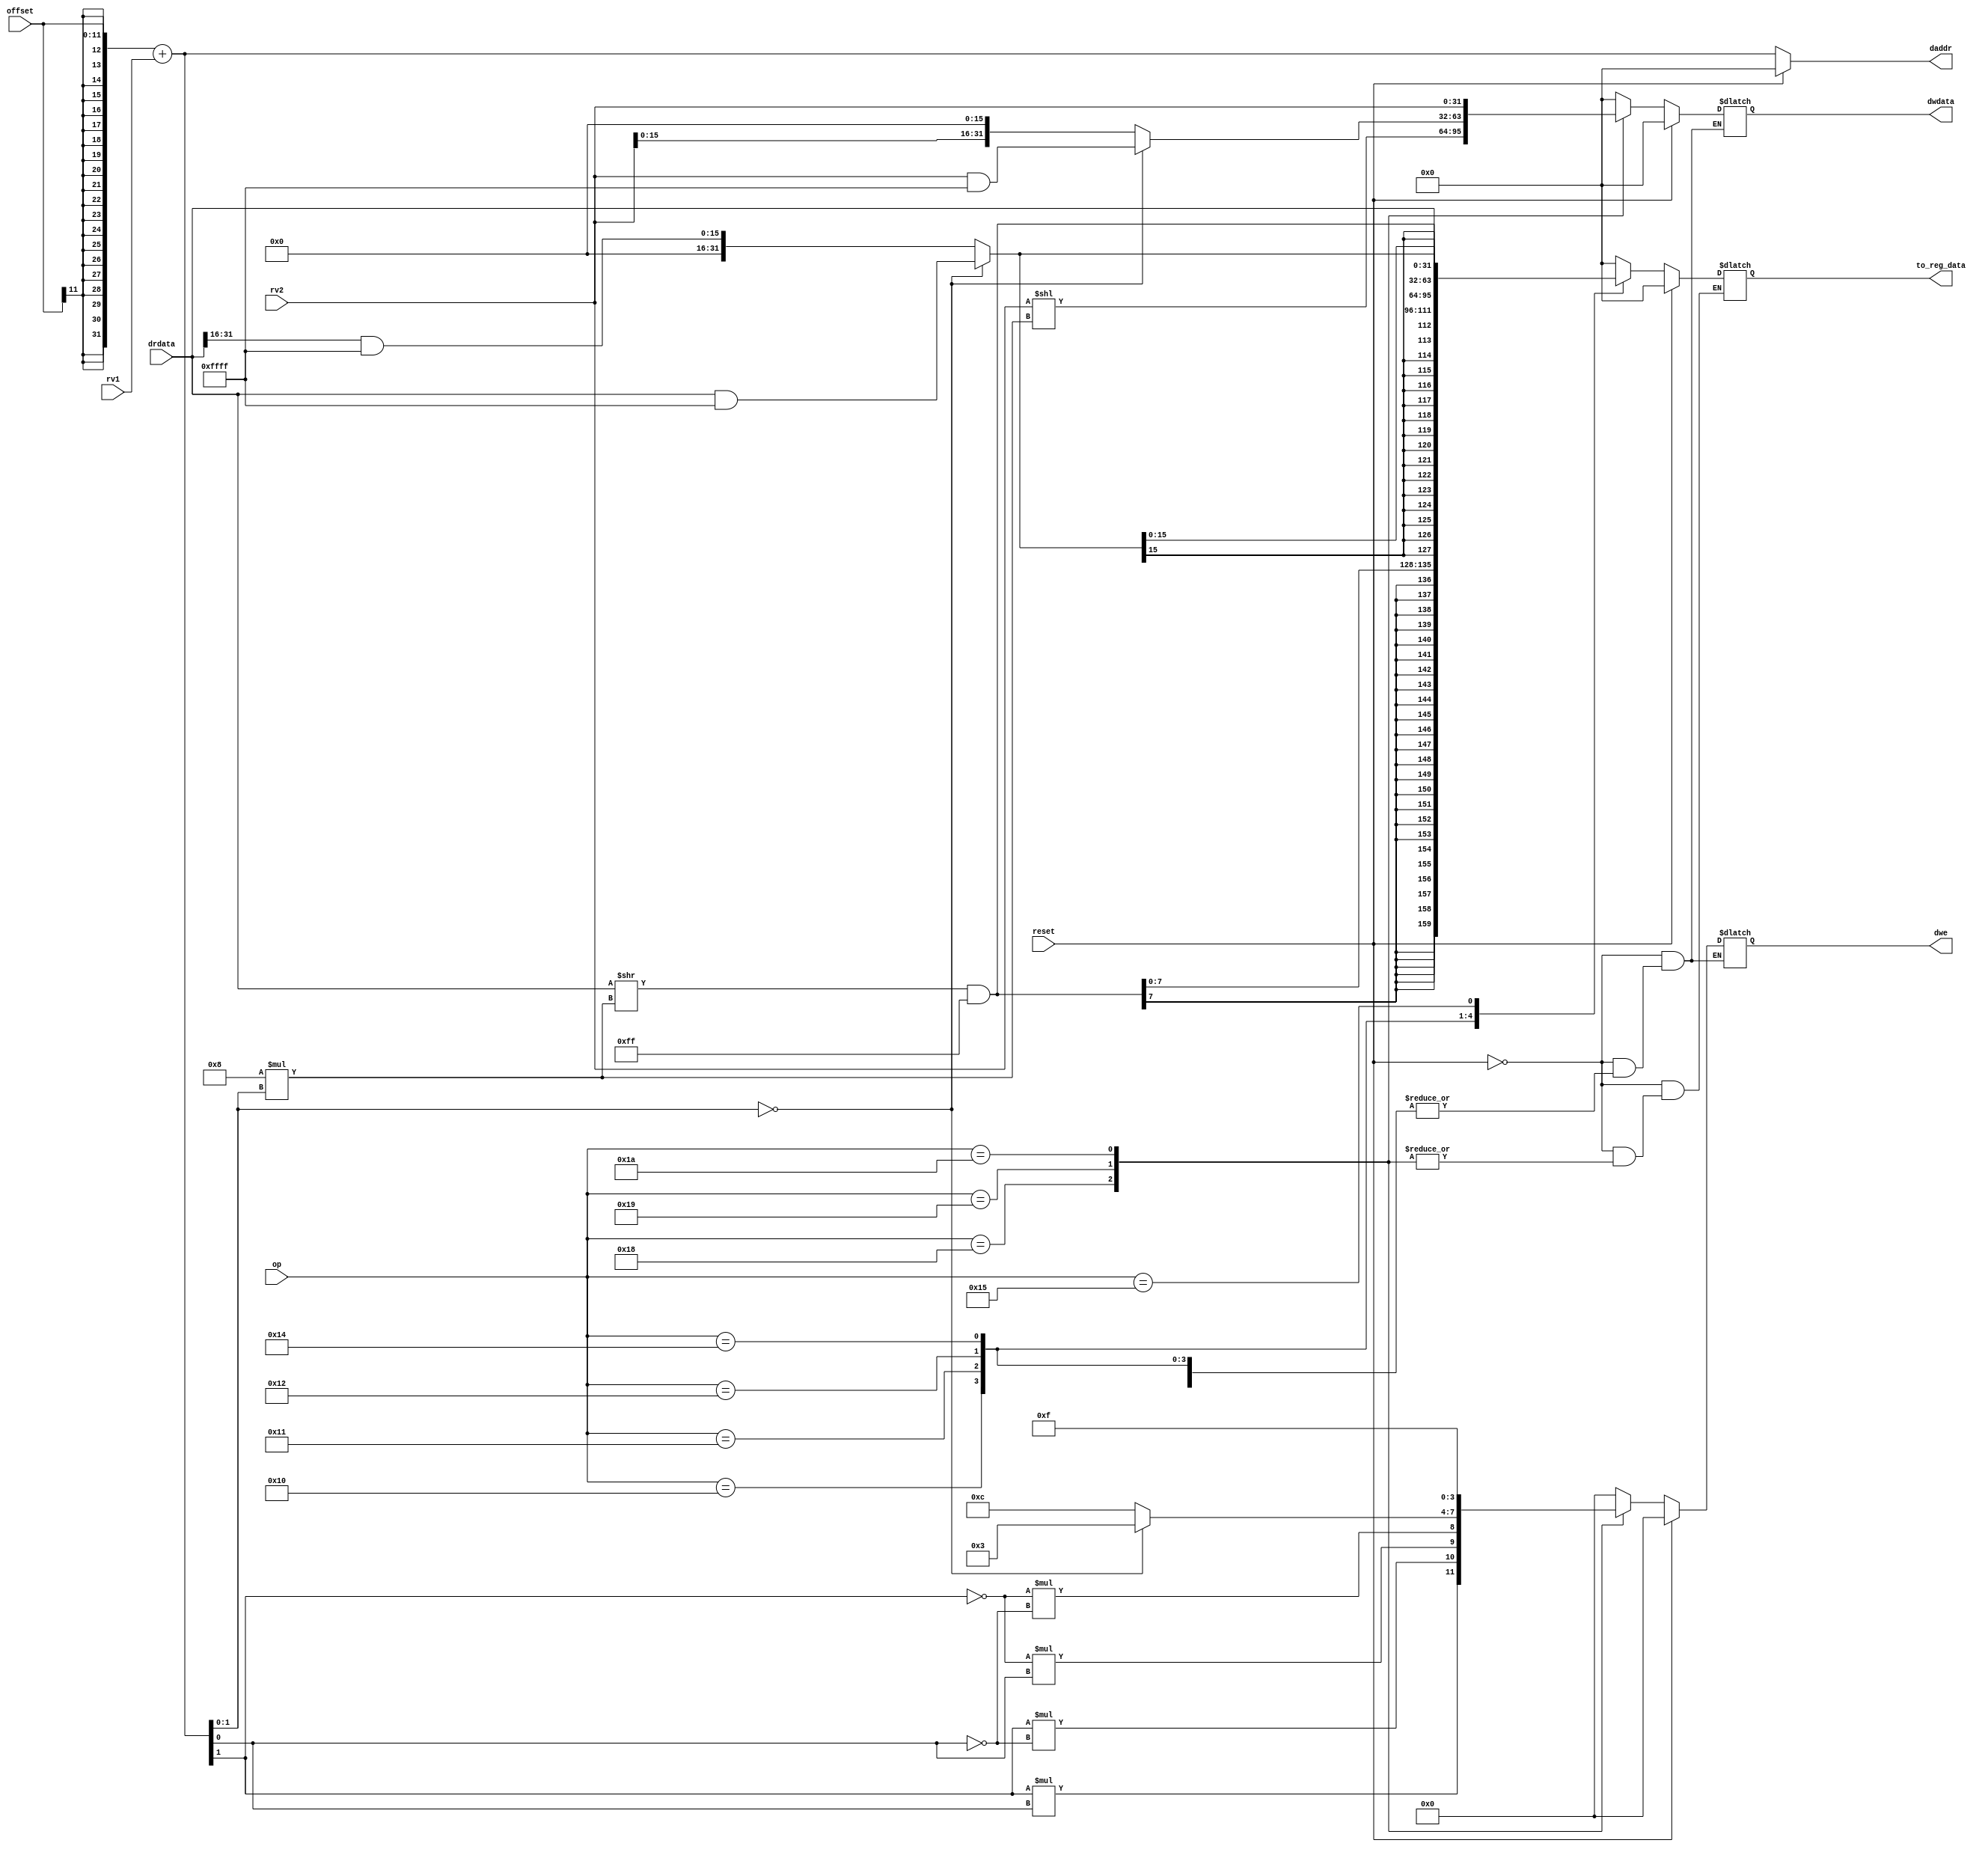
module load_store (
    input reset,
    input [5:0] op,   //unique opcode generated from decoder
    input [31:0] drdata,   //the data loaded from memory
    input [31:0] rv1,    //register loaded from regfile corresponding to address rs1
    input [31:0] rv2,    //register loaded from regfile corresponding to address rs2
    input [11:0] offset,  //offset needed for address calculation
    output [31:0] daddr,  //address for the load/store
    output [31:0] dwdata,   //the data to be stored to memory
    output [3:0] dwe,   //write enable for store
    output [31:0] to_reg_data   //the modified loaded value to be stored in regfile
);

 //This module implemnts the load and store functions of the CPU   
 //Here it is assumed that there are no misalligned load or store   
  
    reg [31:0] daddr;
    reg [31:0] dwdata;
    reg [3:0] dwe;
    reg [31:0] to_reg_data;
    reg [1:0] remainder;   
     
    always@(*)
    begin
        
        if (reset)         //Initializing during reset condition
        begin
            daddr = 0;
            dwdata = 0;
            dwe = 0;
            to_reg_data = 0;
        end
        
        else
        
        begin
        //Calculating the address correseponding where to load from or where to store to(offset is being sign extended)
            daddr = ({{20{offset[11]}},offset[11:0]} + rv1);  
            remainder = daddr[1:0];   //remainder of the address by 4,needed for shifting to appropriate byte/halfword postion 

         //Conditioned on the unique opcode (which does not clah with ALU opcodes)
            case (op)   
				6'h10	: begin   // implementing LB instruction
         //Shifting by the approprite number of bytes and masking to obtiain only the last byte
                          to_reg_data = ((drdata >> (8*remainder)) & (32'h000000ff));  
                          to_reg_data = {{24{to_reg_data[7]}},to_reg_data[7:0]};   //storing the sign extended byte 
   					      end
   					      
				6'h11	: begin  // implemneting LH instruction
         //Getting the lower or upper halfword
                          to_reg_data = (remainder == 0) ? (drdata & 32'h0000ffff) : ((drdata >> 16) & (32'h0000ffff));         
                          to_reg_data = {{16{to_reg_data[15]}},to_reg_data[15:0]};     //storing the sign extended half word
						  end
						  
				6'h12	: to_reg_data = drdata;        //Implementing LW instruction
				
         //Shifting by the appropriate number of bytes and masking the lower byte        
                6'h14	: to_reg_data = (drdata >> (8*remainder)) & (32'h000000ff);   //implemting LBU instruction
				
         //implemting LHU instruction (getting the lower or upper halfword )
				6'h15	: to_reg_data = (remainder == 0) ? (drdata & 32'h0000ffff) : ((drdata >> 16) & (32'h0000ffff));         

				6'h18	: begin         //implementing SB instruction
                          dwdata = (rv2 << (8*remainder));    //Shifting the data to appropriate byte location 
						  dwe = {(remainder[1]*remainder[0]),(remainder[1]*(~remainder[0])),((~remainder[1])*remainder[0]),((~remainder[1])*(~remainder[0]))};    //Making the corresponding byte's write enable "1" to store that corresponding byte
						  end
						  
				6'h19	: begin          //implemnting the SH instruction
                    dwdata = (remainder == 0) ? (rv2 & 32'h0000ffff) : (rv2 << 16);     //Storing the lower of upper halfowrd
                    dwe = (remainder == 0) ? (4'b0011) : (4'b1100);  //Enabling the corresponding write enable signals
						  end
						  
				6'h1a	: begin        //Implementing SW instruction
						  dwdata = rv2;         
						  dwe = 4'b1111;   
						  end
						  
			default	 : begin
					   dwdata = 0;
			           dwe = 4'b0000;    
			           to_reg_data = 0;
			           end
			endcase	             
 
      end
      
        //In the above cases shifting by "appropriate" implies that for load/store byte:
        //if remainder = 0,we do not shift(for store byte write enable = "0001")
        //if remainder = 1,we shift by one byte(for store byte write enable = "0010")
        //if remainder = 2,we shift by two bytes(for store byte write enable = "0100")
        //if remainder = 3,we shift by three bytes(for store byte write enable = "1000")
        
        
        //In the cases of load/tore halfword:
        //if remainder is 0,we do not shift(for store halfword write enable = "0011")
        //if remiander is 2,we shift by 16 bits(2 bytes)(for store halfword write enable = "1100")
        //(here a remainder or 1 or 3 is a missallignment)

      end
    
endmodule